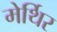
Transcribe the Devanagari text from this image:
मेर्थिर